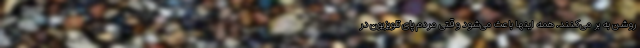
روشن به بر می‌کنند. همه اینها باعث می‌شود وقتی مردم پای تلویزیون در